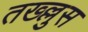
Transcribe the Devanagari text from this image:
तख्ल्लुस